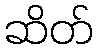
ဆိတ်